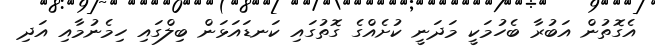
އެގޮތުން އަބުރާ ބެހުމަކީ މަދަނީ ކުށެއްގެ ގޮތުގައި ކަނޑައަޅަން ބިލްގައި ހިމެނުމާއި އަދި